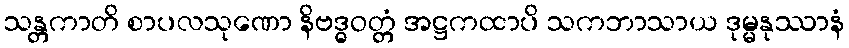
သန္တကာတိ စာပလသုဏော နိဗဒ္ဓဝတ္တံ အဋ္ဌကထာပိ သကဘာသာယ ဒုမ္မနုဿာနံ